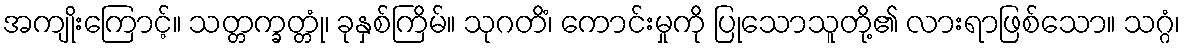
အကျိုးကြောင့်။ သတ္တက္ခတ္တုံ၊ ခုနှစ်ကြိမ်။ သုဂတိံ၊ ကောင်းမှုကို ပြုသောသူတို့၏ လားရာဖြစ်သော။ သဂ္ဂံ၊